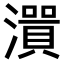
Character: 𤀭